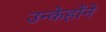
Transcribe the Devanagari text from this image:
उन्केहोंने